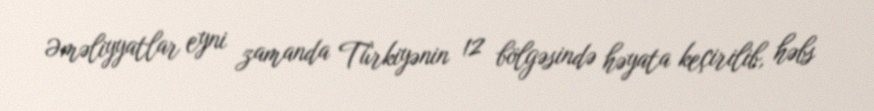
Əməliyyatlar eyni zamanda Türkiyənin 12 bölgəsində həyata keçirilib, həbs